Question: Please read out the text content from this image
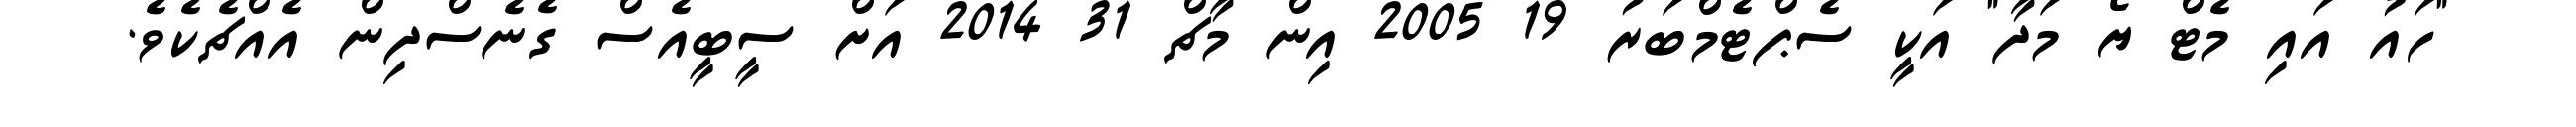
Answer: "ހައު އައި މެޓް ޔޯ މަދާ" އަކީ ސެޕްޓެމްބަރު 19 2005 އިން މާޗް 31 2014 އަށް ސީބީއެސް ގެނެސްދިން އެއްޗެކެވެ.